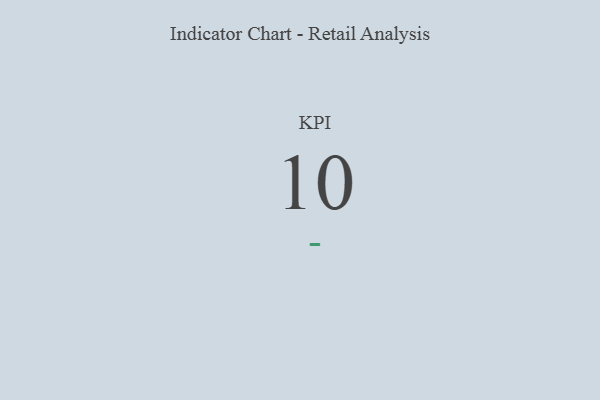
{"axis": {"x": "KPI", "y": "Value"}, "legend": [""], "data": [{"x": "KPI", "y": 10, "type": ""}]}